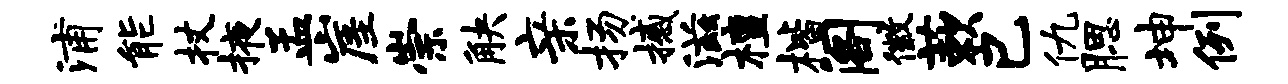
浦能杖掖孟崖崇觖亲扬撼滋檀楷阁徽蔌己仇腮坤例